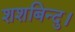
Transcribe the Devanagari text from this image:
शशबिन्दु।